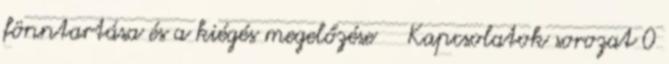
fönntartása és a kiégés megelőzése Kapcsolatok sorozat 0